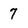
Character: 7